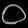
Digit: ၀